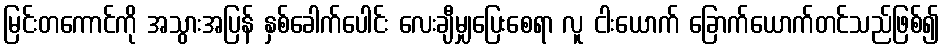
မြင်းတကောင်ကို အသွားအပြန် နှစ်ခေါက်ပေါင်း လေးချီမျှပြေးစေရာ လူ ငါးယောက် ခြောက်ယောက်တင်သည်ဖြစ်၍